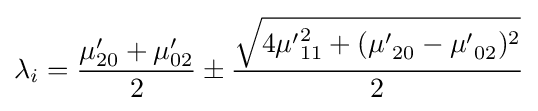
\lambda _{i}={\frac {\mu '_{20}+\mu '_{02}}{2}}\pm {\frac {\sqrt {4{\mu '}_{11}^{2}+({\mu '}_{20}-{\mu '}_{02})^{2}}}{2}}